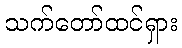
သက်တော်ထင်ရှား